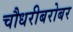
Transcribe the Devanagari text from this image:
चौधरीबरोबर